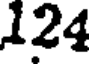
124